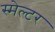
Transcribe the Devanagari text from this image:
स्मेल्टर